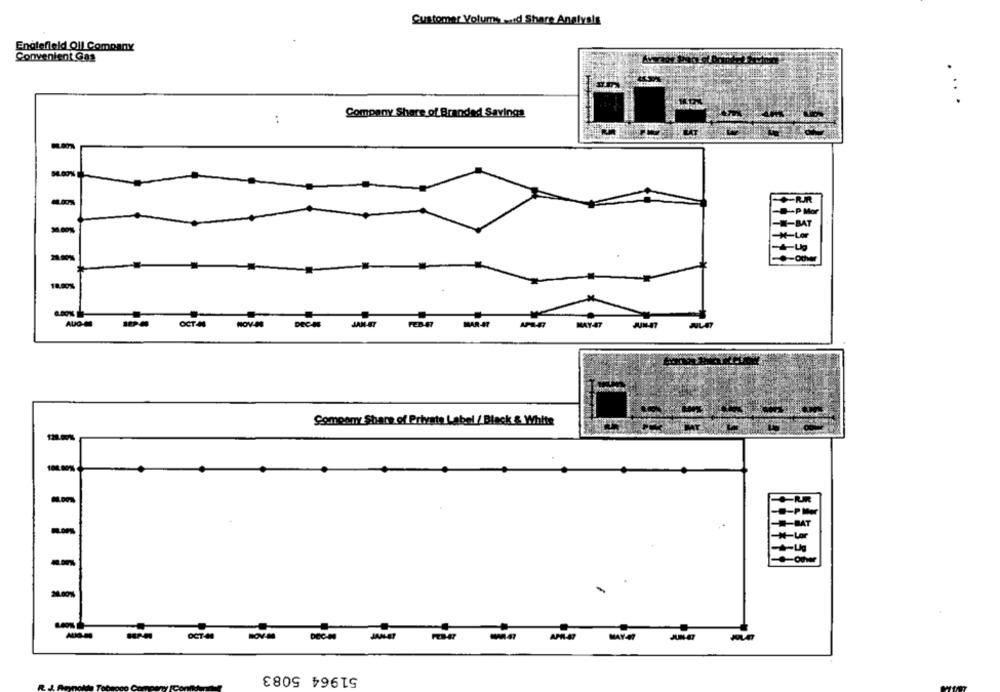
Customer Volums wid Share Analysts
Englefield Oil Company
Convenient Gas
Company Share of Branded Savings
:
RR
-- P Mor
-W-BAT
-M-Lor
20.00%
18.00%
AUG
OCT-44
DECes
Company Share of Private Label / Black & White
100 80%%
-.- P Mer
-N-Lor
-Odwe
-
DECAN
-
APR-4
51964 5083